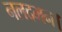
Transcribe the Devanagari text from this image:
नलदमन।